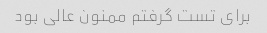
برای تست گرفتم ممنون عالی بود